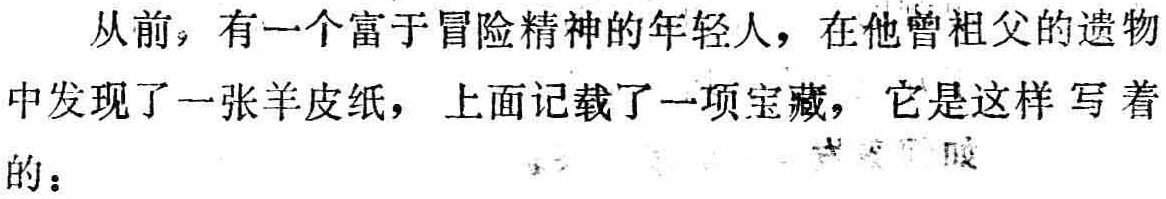
从前，有一个富于冒险精神的年轻人，在他曾祖父的遗物中发现了一张羊皮纸，上面记载了一项宝藏，它是这样写着的：